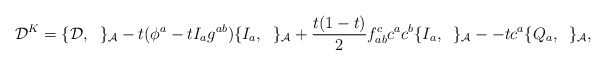
\begin{align*}{\cal D}^{K}=\{{\cal D},\;\;\}_{\cal A}- t(\phi^a-tI_ag^{ab})\{I_a,\;\;\}_{\cal A} +\frac{t(1-t)}{2}f^c_{ab}c^ac^b\{I_a,\;\;\}_{\cal A} --tc^a \{ Q_a,\;\;\}_{\cal A},\end{align*}